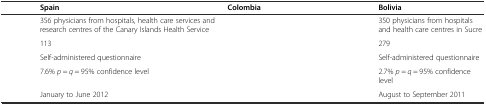
<table><thead><tr><td>[EMPTY_CELL]</td><td><b>Spain</b></td><td><b>Colombia</b></td><td><b>Bolivia</b></td></tr></thead><tbody><tr><td>[EMPTY_CELL]</td><td>356 physicians from hospitals, health care services and research centres of the Canary Islands Health Service</td><td>[EMPTY_CELL]</td><td>350 physicians from hospitals and health care centres in Sucre</td></tr><tr><td>[EMPTY_CELL]</td><td>113</td><td>[EMPTY_CELL]</td><td>279</td></tr><tr><td>[EMPTY_CELL]</td><td>Self-administered questionnaire</td><td>[EMPTY_CELL]</td><td>Self-administered questionnaire</td></tr><tr><td>[EMPTY_CELL]</td><td>7.6% <i>p</i> = <i>q</i> = 95% confidence level</td><td>[EMPTY_CELL]</td><td>2.7% <i>p</i> = <i>q</i> = 95% confidence level</td></tr><tr><td>[EMPTY_CELL]</td><td>January to June 2012</td><td>[EMPTY_CELL]</td><td>August to September 2011</td></tr></tbody></table>